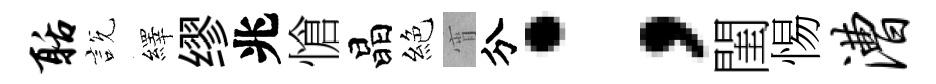
聒説繹缪兆愴晶絕宵分；閨惕漕